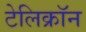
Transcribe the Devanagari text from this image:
टेलिक्रॉन